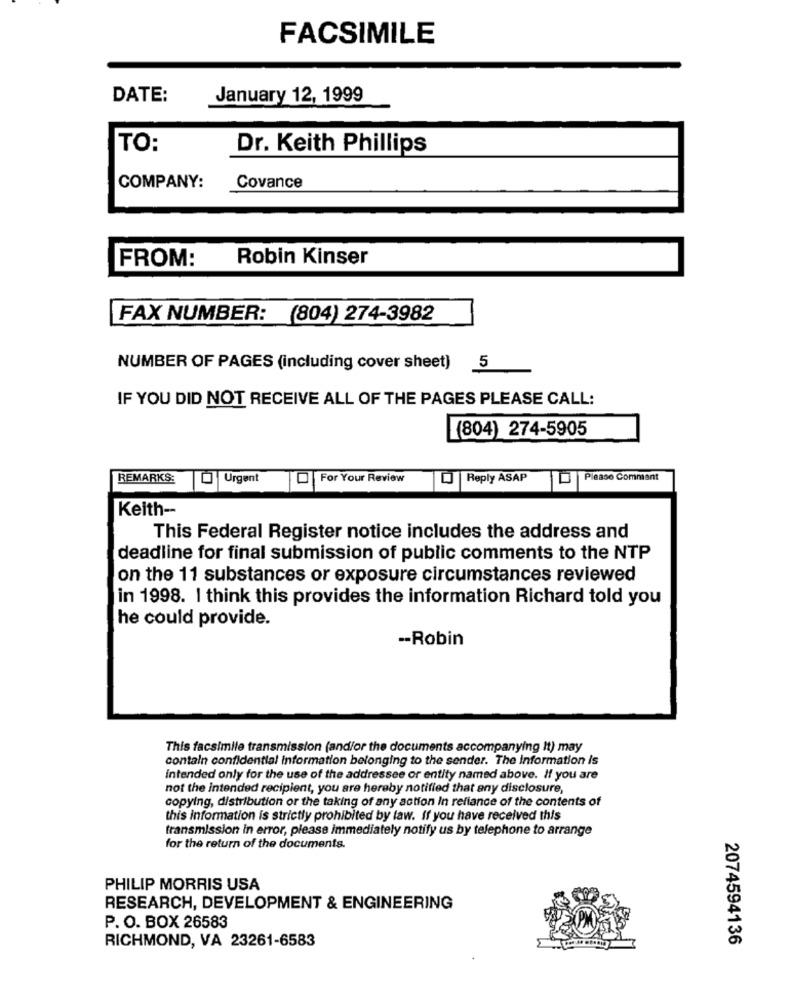
FACSIMILE
DATE:
January 12, 1999
TO:
Dr. Keith Phillips
COMPANY:
Covance
FROM:
Robin Kinser
FAX NUMBER: (804) 274-3982
NUMBER OF PAGES (including cover sheet) 5
IF YOU DID NOT RECEIVE ALL OF THE PAGES PLEASE CALL:
(804) 274-5905
REMARKS:
Urgent
For Your Review
Reply ASAP
Please Comment
Keith --
This Federal Register notice includes the address and
deadline for final submission of public comments to the NTP
on the 11 substances or exposure circumstances reviewed
in 1998. I think this provides the information Richard told you
he could provide.
-- Robin
This facsimile transmission (and/or the documents accompanying It) may
contain confidential information belonging to the sender. The information is
intended only for the use of the addressee or entity named above. If you are
not the intended recipient, you are hereby notified that any disclosure,
copying, distribution or the taking of any action In reliance of the contents of
this information is strictly prohibited by law. if you have received this
transmission in error, please immediately notify us by telephone to arrange
for the return of the documents.
PHILIP MORRIS USA
RESEARCH, DEVELOPMENT & ENGINEERING
P. O. BOX 26583
RICHMOND, VA 23261-6583
2074594136